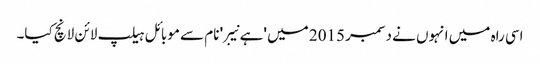
اسی راہ میں انہوں نے دسمبر 2015 میں 'ہے نیبر' نام سے موبائل ہیلپ لائن لانچ کیا۔